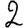
Digit: 2